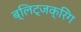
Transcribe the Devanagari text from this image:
ब्लिट्जक्रिंग